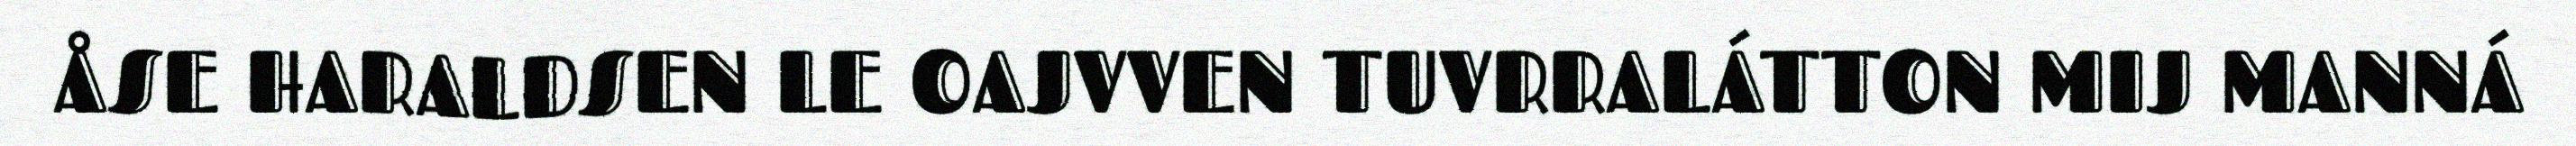
ÅSE HARALDSEN LE OAJVVEN TUVRRALÁTTON MIJ MANNÁ